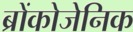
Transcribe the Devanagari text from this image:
ब्रोंकोजेनिक